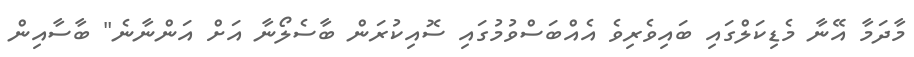
މާދަމާ އޭނާ މެޑިކަލްގައި ބައިވެރިވެ އެއްބަސްވުމުގައި ސޮއިކުރަން ބާސެލޯނާ އަށް އަންނާނެ" ބާސާއިން